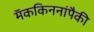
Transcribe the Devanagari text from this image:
मॅककिननांपैकी